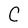
Character: C